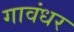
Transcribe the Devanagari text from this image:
गावंधर